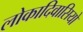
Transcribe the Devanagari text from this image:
लोकादिवासियो